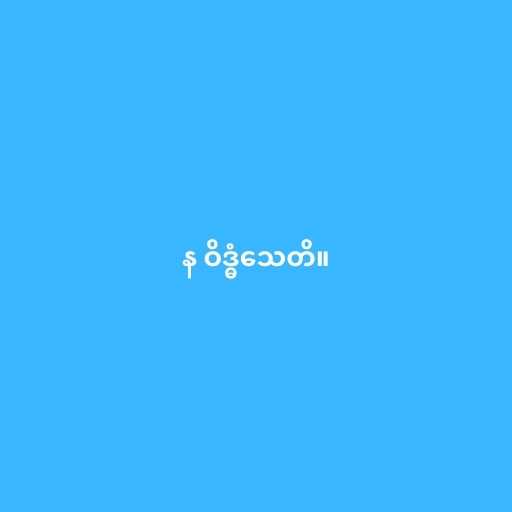
န ဝိဒ္ဓံသေတိ။